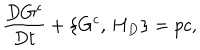
\frac { D G ^ { c } } { D t } + \{ G ^ { c } , \, H _ { D } \} = p c ,